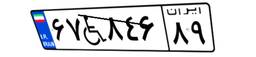
۰۱W۲۴۱۳۱